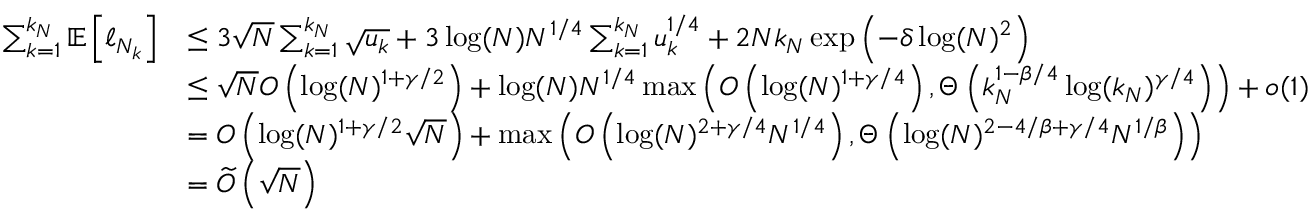
\begin{array} { r l } { \sum _ { k = 1 } ^ { k _ { N } } \mathbb { E } \left[ \ell _ { N _ { k } } \right] } & { \leq 3 \sqrt { N } \sum _ { k = 1 } ^ { k _ { N } } \sqrt { u _ { k } } + 3 \log ( N ) N ^ { 1 / 4 } \sum _ { k = 1 } ^ { k _ { N } } u _ { k } ^ { 1 / 4 } + 2 N k _ { N } \exp \left( - \delta \log ( N ) ^ { 2 } \right) } \\ & { \leq \sqrt { N } O \left( \log ( N ) ^ { 1 + \gamma / 2 } \right) + \log ( N ) N ^ { 1 / 4 } \operatorname* { m a x } \left( O \left( \log ( N ) ^ { 1 + \gamma / 4 } \right) , \Theta \left( k _ { N } ^ { 1 - \beta / 4 } \log ( k _ { N } ) ^ { \gamma / 4 } \right) \right) + o ( 1 ) } \\ & { = O \left( \log ( N ) ^ { 1 + \gamma / 2 } \sqrt { N } \right) + \operatorname* { m a x } \left( O \left( \log ( N ) ^ { 2 + \gamma / 4 } N ^ { 1 / 4 } \right) , \Theta \left( \log ( N ) ^ { 2 - 4 / \beta + \gamma / 4 } N ^ { 1 / \beta } \right) \right) } \\ & { = \widetilde { O } \left( \sqrt { N } \right) } \end{array}